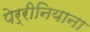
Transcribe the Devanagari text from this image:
पेर्रीनियाना